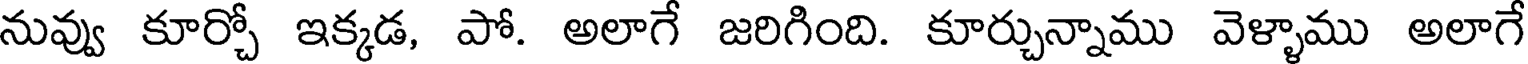
నువ్వు కూర్చో ఇక్కడ, పో. అలాగే జరిగింది. కూర్చున్నాము వెళ్ళాము అలాగే